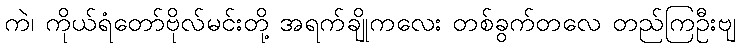
ကဲ၊ ကိုယ်ရံတော်ဗိုလ်မင်းတို့ အရက်ချိုကလေး တစ်ခွက်တလေ တည်ကြဦးဗျ